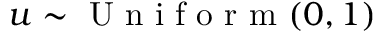
u \sim \mathrm { ~ U ~ n ~ i ~ f ~ o ~ r ~ m ~ } ( 0 , 1 )